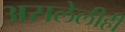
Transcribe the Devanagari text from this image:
असलेलीही